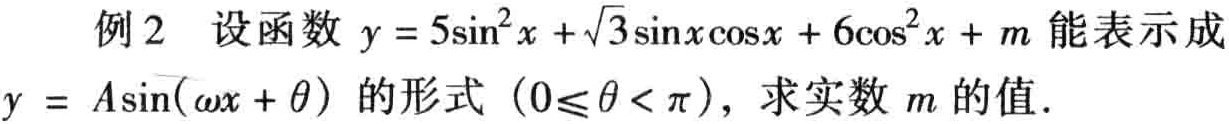
例2 设函数\(y = 5\sin^{2}x+\sqrt{3}\sin x\cos x + 6\cos^{2}x + m\)能表示成\(y = A\sin(\omega x+\theta)\)的形式\((0\leqslant\theta<\pi)\)，求实数\(m\)的值．